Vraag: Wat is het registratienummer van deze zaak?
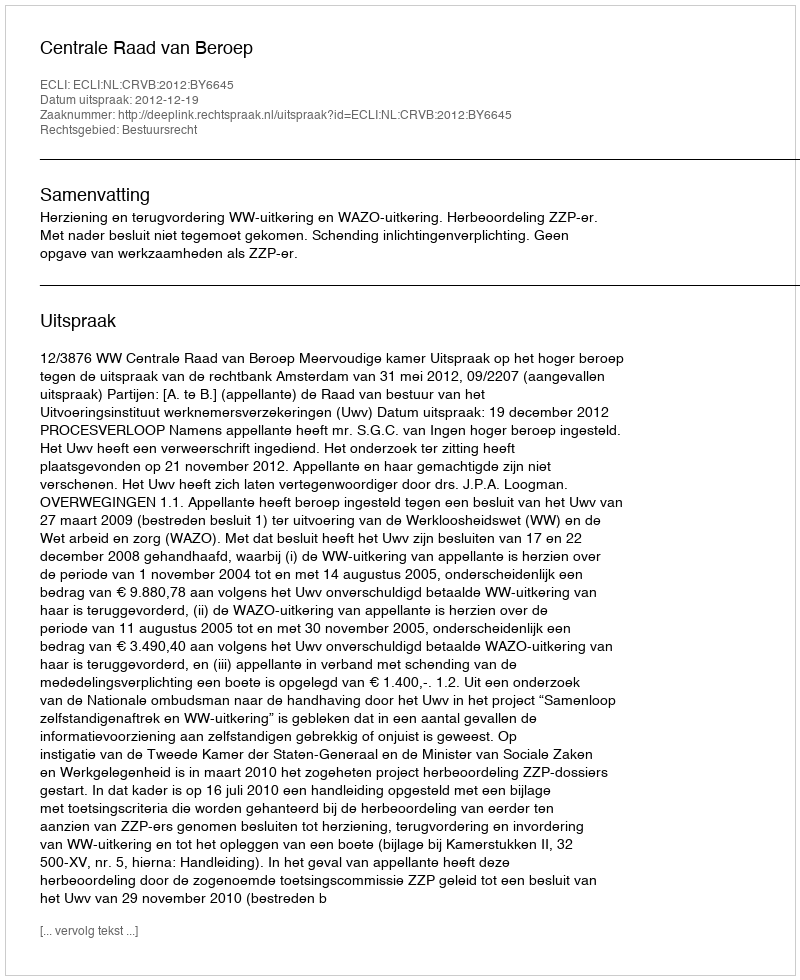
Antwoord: http://deeplink.rechtspraak.nl/uitspraak?id=ECLI:NL:CRVB:2012:BY6645